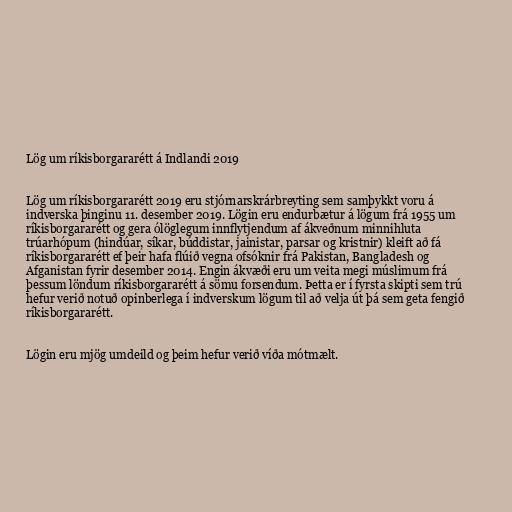
Lög um ríkisborgararétt á Indlandi 2019

Lög um ríkisborgararétt 2019 eru stjórnarskrárbreyting sem samþykkt voru á
indverska þinginu 11. desember 2019. Lögin eru endurbætur á lögum frá 1955 um
ríkisborgararétt og gera ólöglegum innflytjendum af ákveðnum minnihluta
trúarhópum (hindúar, síkar, búddistar, jainistar, parsar og kristnir) kleift að fá
ríkisborgararétt ef þeir hafa flúið vegna ofsóknir frá Pakistan, Bangladesh og
Afganistan fyrir desember 2014. Engin ákvæði eru um veita megi múslimum frá
þessum löndum ríkisborgararétt á sömu forsendum. Þetta er í fyrsta skipti sem trú
hefur verið notuð opinberlega í indverskum lögum til að velja út þá sem geta fengið
ríkisborgararétt.

Lögin eru mjög umdeild og þeim hefur verið víða mótmælt.